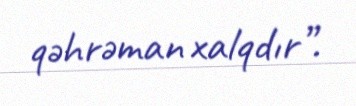
qəhrəman xalqdır”.